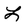
Character: L